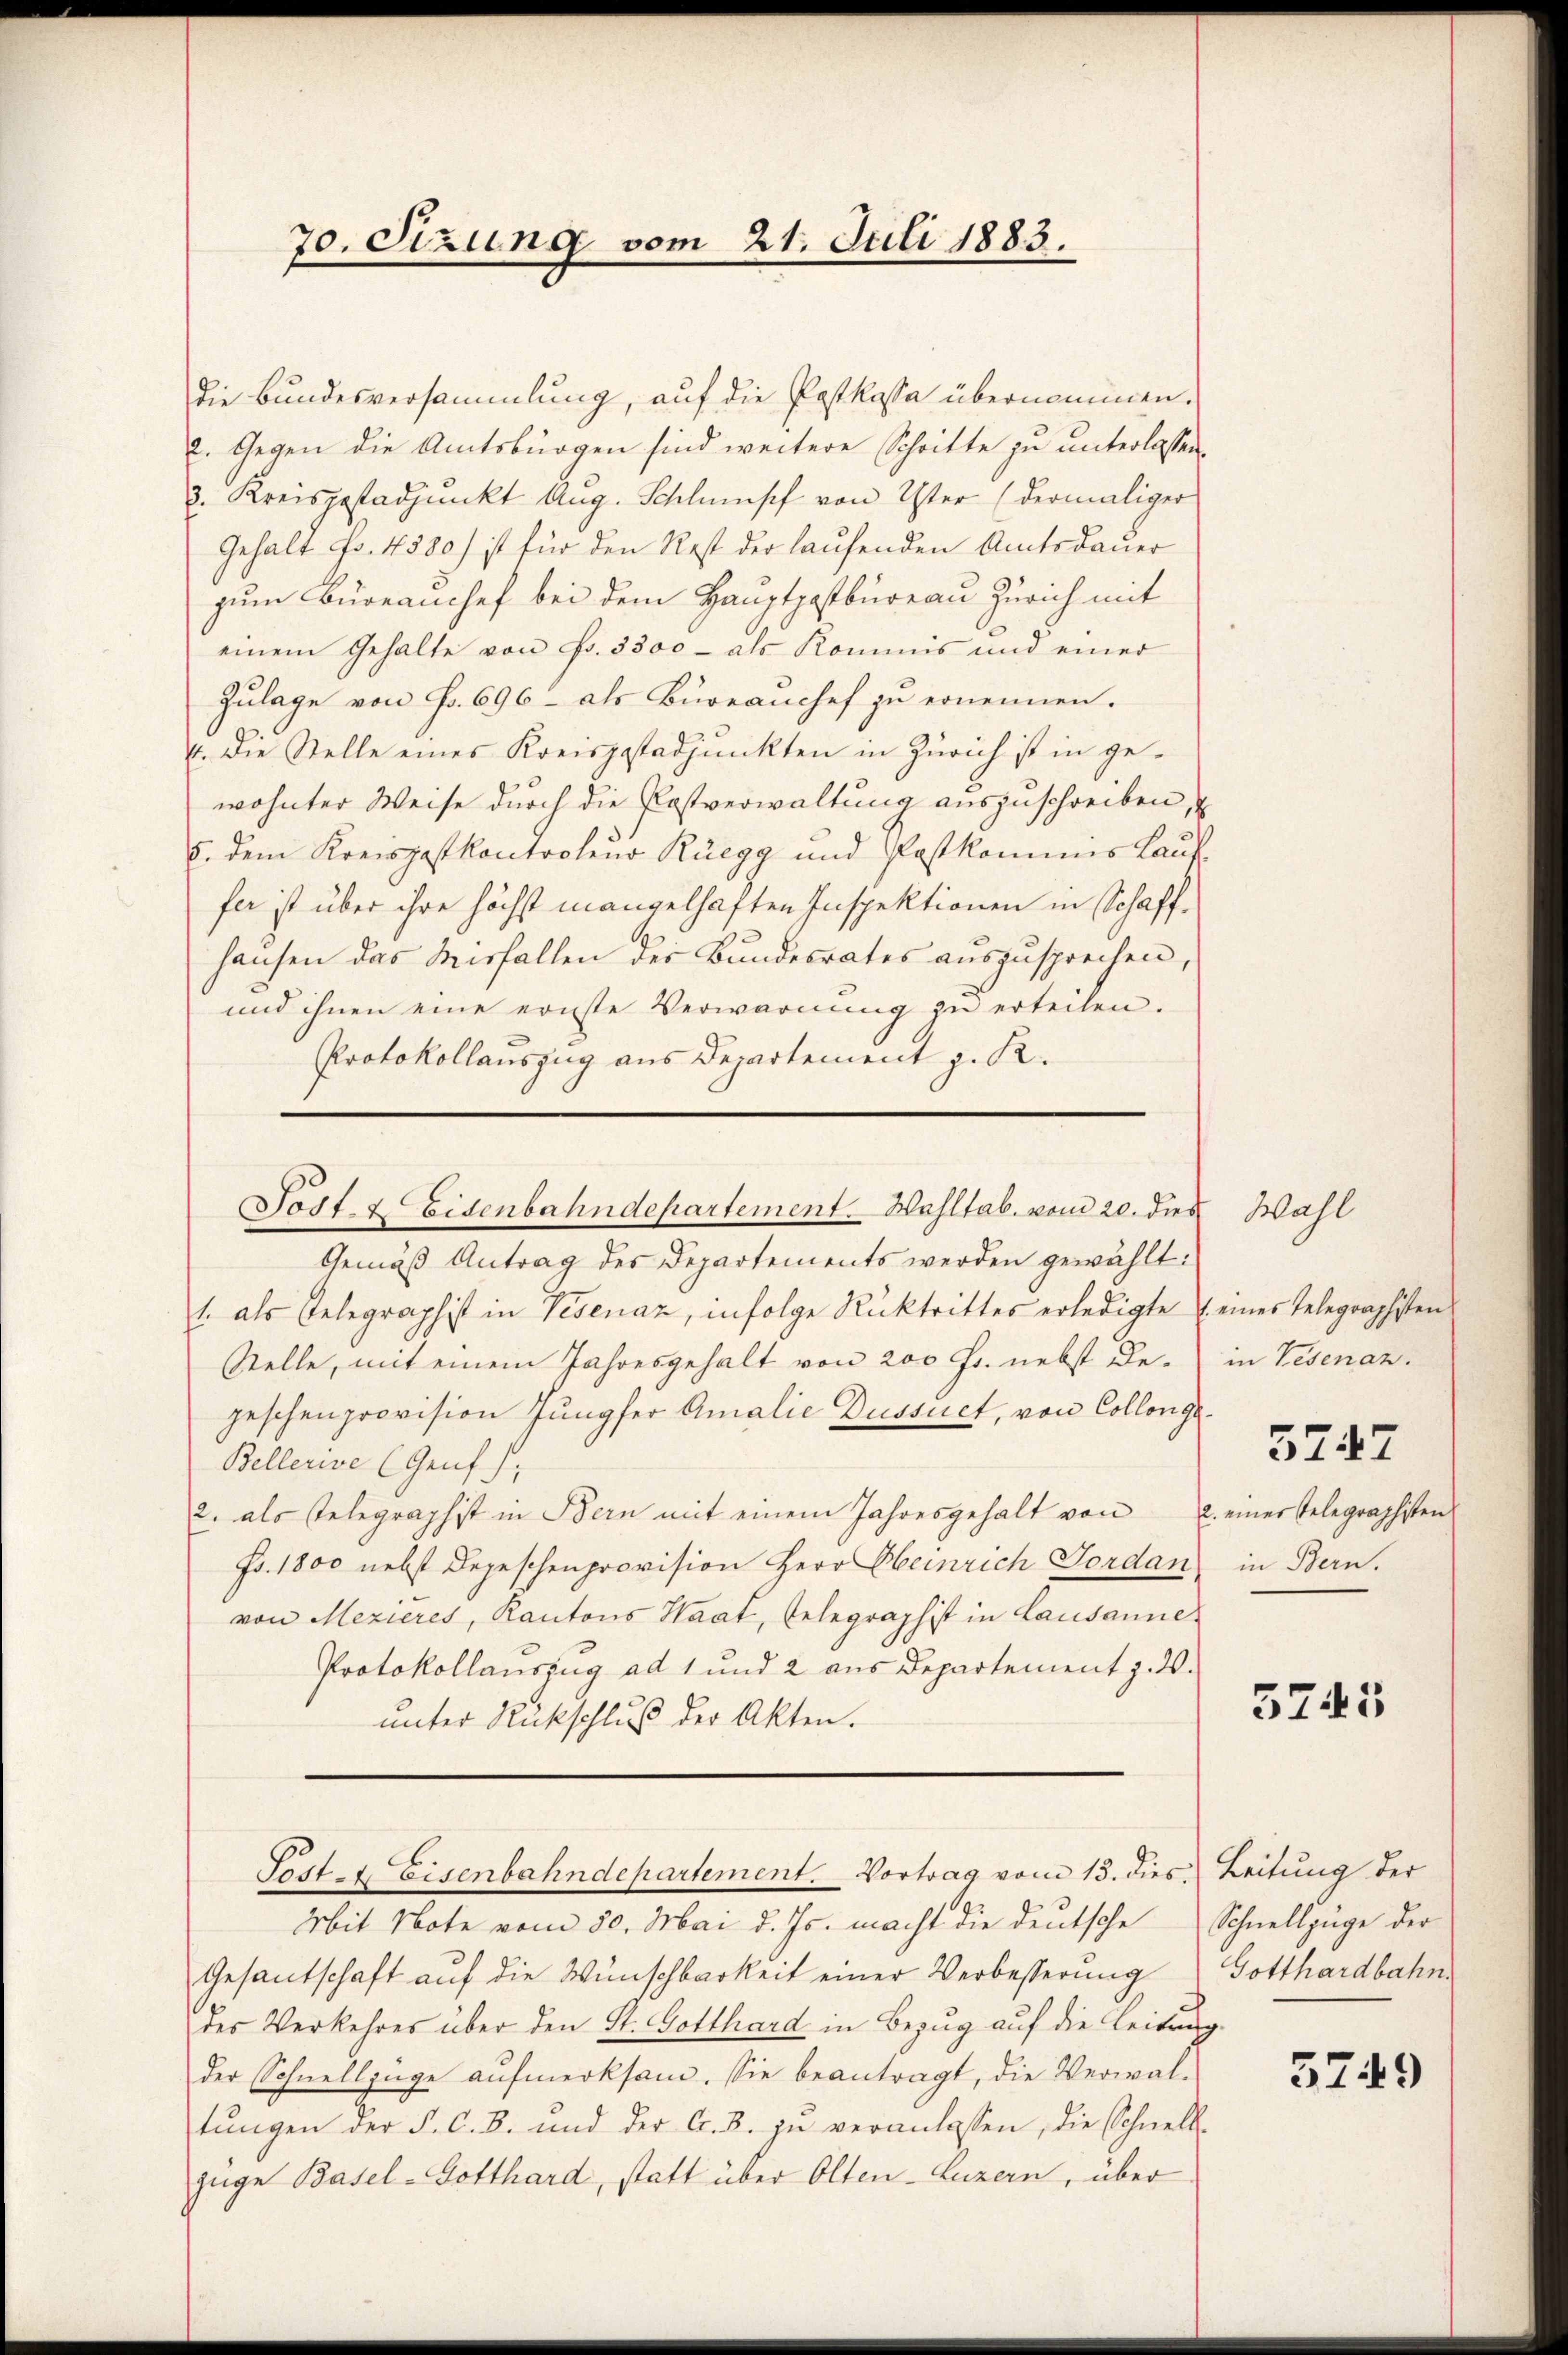
70. Sizung vom 21. Juli 1883.

die Bundesversammlung, auf die Postkassa übernommen.
2. Gegen die Amtsbürgen sind weitere Schritte zu unterlassen
3. Kreisgestadpunkt Aug. Schlumpf von Uster (dermaliger
Gehalt Fr. 4380/ ist für den Rest der laufenden Amtsdauer
zum Büreauchef bei dem Hauptpostbureau Zürich mit
einem Gehalte von Fr. 3300 - als Kommis und einer
Zulage von Fr. 696 - als Bureauchef zu ernennen.
4. Die Stelle eines Kreispastadpŭnkten in Zürich ist in ge-
wohnter Weise durch die Postverwaltung auszuschreiben,
8. dem Kreispastkontroleur Rüegg und Postkominis Lauf-
fer ist über ihre höchst mangelhaften Inspektionen in Schaffhausen das Misfallen der Bundesrates auszusprechen,
und ihnen eine ernste Verwarnŭng zŭ erteilen.
Protokollauszug aus Departement z. R.

Sost- & Eisenbahndepartement. Wahltab. vom 20. dies Wahl

Gemäß Antrag des Departements werden gewählt:
1. als Telegraphist in Visenaz, infolge Rücktrittes erledigte (eines Telegraphisten
stelle, mit einem Jahresgehalt von 200 Fr. nebst de- in Vesenan
geschenprovision Jungfer Amalie Dussuct, von Collenge¬
Bellerive (Genf),
2. als Telegraphist in Bern mit einem Jahresgehalt von
Fr. 1800 nebst Depeschenprovision Herr Obernrich Gordan
von Mezieres, Kantons Haat, Gelegraphist in Lausanne
Protokollauszug ad 1 und 2 aus Departement z. d.
unter Rückschluß der Akten.
Post- & Eisenbahndepartement. Vortrag vom 13. dies, Leitung der
Mit Note vom 30. Mai d. Js. macht die deutsche
Gesantschaft aŭf die Wünschbarkeit einer Verbesserung Gotthardbahn
des Verkehres über den St. Gotthard in Bezug auf die Leitrug.
der Schnellzüge aufmerksam. Sie beantragt, die Verwaltungen der P. C. B. und der C. B. zŭ veranlassen, die Schnell-
züge Basel- Gotthard, statt über Olten-Luzern, über

5747

2. einer Telegraphisten
in Bern.

5745

Schnellzüge der

5749